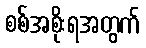
စစ်အစိုးရအတွက်